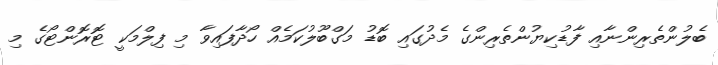
ބެލުންތެރިންނާއި ފާޑުކިޔުންތެރިންގެ މެދުގައި ބޮޑު މަގްބޫލުކަމެއް ހޯދާފައިވާ މި ފިލްމަކީ ޓޮރޮންޓޯގެ މި